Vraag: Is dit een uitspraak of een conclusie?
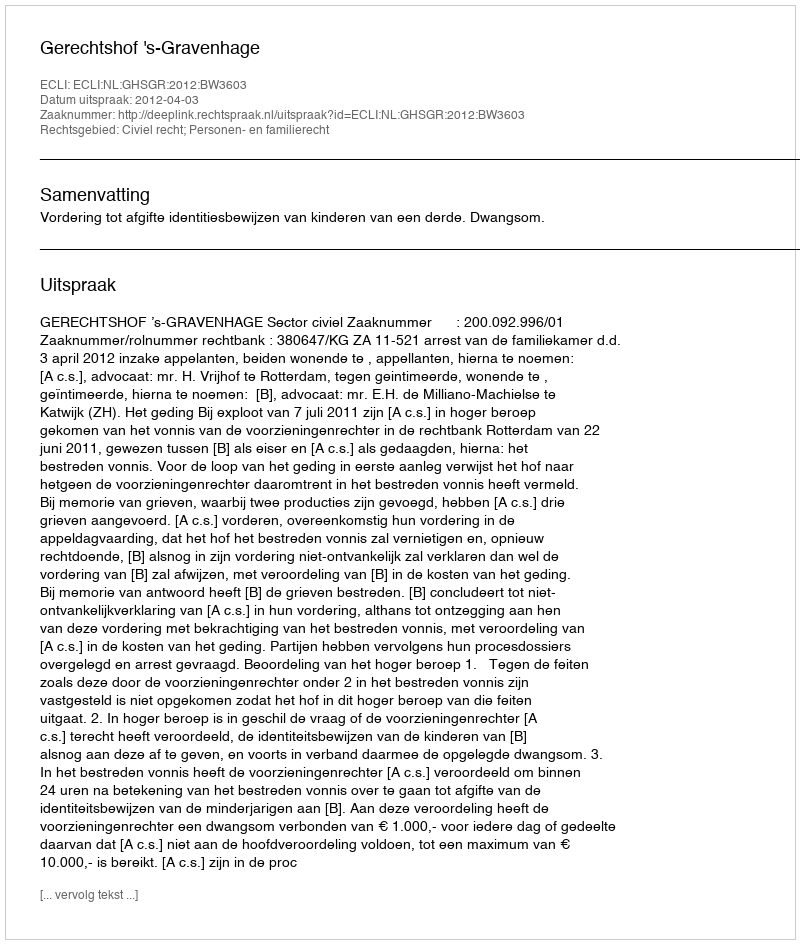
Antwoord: Uitspraak